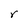
Character: r